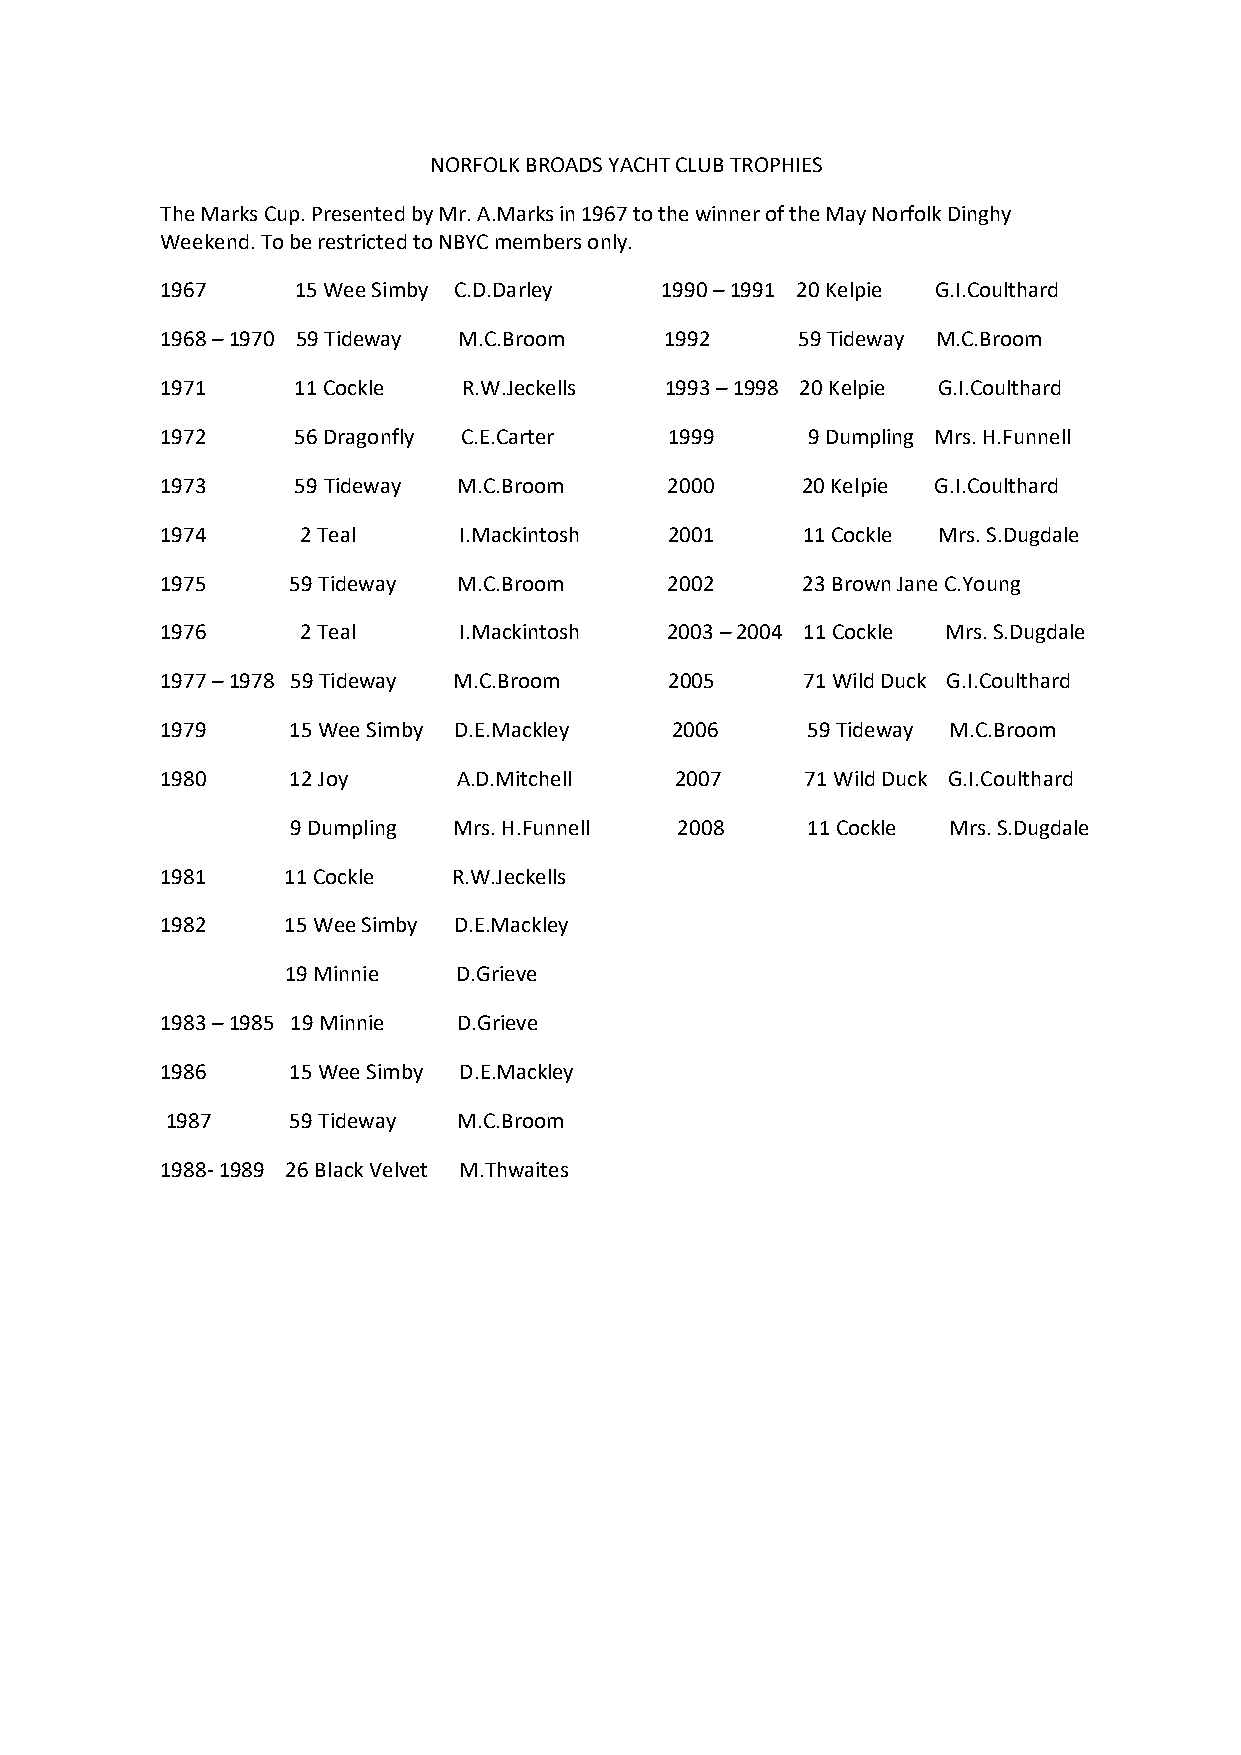
NORFOLK BROADS YACHT CLUB TROPHIES
 The Marks Cup. Presented by Mr. A.Marks in 1967 to the winner of the May Norfolk Dinghy
 Weekend. To be restricted to NBYC members only.
 1967     15 Wee Simby C.D.Darley 1990 – 1991 20 Kelpie G.I.Coulthard
 1968 – 1970 59 Tideway M.C.Broom 1992     59 Tideway M.C.Broom
 1971     11 Cockle  R.W.Jeckells 1993 – 1998 20 Kelpie G.I.Coulthard
 1972     56 Dragonfly C.E.Carter 1999     9 Dumpling Mrs. H.Funnell
 1973     59 Tideway M.C.Broom    2000     20 Kelpie G.I.Coulthard
 1974     2 Teal    I.Mackintosh  2001     11 Cockle Mrs. S.Dugdale
 1975    59 Tideway M.C.Broom     2002     23 Brown Jane C.Young
 1976     2 Teal    I.Mackintosh  2003 – 2004 11 Cockle Mrs. S.Dugdale
 1977 – 1978 59 Tideway M.C.Broom 2005     71 Wild Duck G.I.Coulthard
 1979    15 Wee Simby D.E.Mackley  2006    59 Tideway M.C.Broom
 1980    12 Joy     A.D.Mitchell   2007    71 Wild Duck G.I.Coulthard
 9 Dumpling Mrs. H.Funnell 2008    11 Cockle Mrs. S.Dugdale
 1981    11 Cockle  R.W.Jeckells
 1982    15 Wee Simby D.E.Mackley
 19 Minnie  D.Grieve
 1983 – 1985 19 Minnie D.Grieve
 1986    15 Wee Simby D.E.Mackley
 1987    59 Tideway M.C.Broom
 1988- 1989 26 Black Velvet M.Thwaites